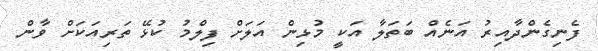
ފެނިގެންދާއިރު އަނެއް ބަތަލާ އަކީ މުޅިން އަލަށް ފިލްމު ކުޅޭ ތަރިއަކަށް ވާން